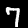
Digit: 7